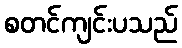
စတင်ကျင်းပသည်